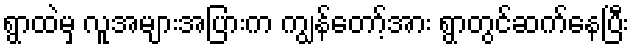
ရွာထဲမှ လူအများအပြားက ကျွန်တော့်အား ရွာတွင်ဆက်နေပြီး